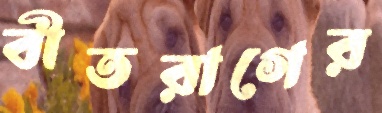
বীতরাগের